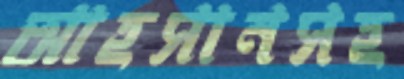
আহসানসহ